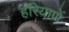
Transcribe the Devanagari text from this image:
हरियाणें